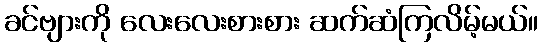
ခင်ဗျားကို လေးလေးစားစား ဆက်ဆံကြလိမ့်မယ်။